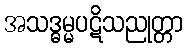
အသဒ္ဓမ္မပဋိသညုတ္တာ